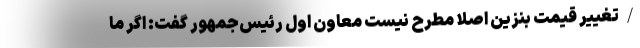
/تغییر قیمت بنزین اصلاً مطرح نیست معاون اول رئیس‌جمهور گفت: اگر ما